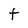
Character: t